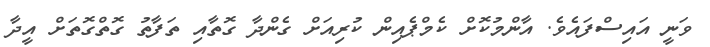
ވަނީ އައިސްފައެވެ. އާންމުކޮށް ކެމްޕެއިން ކުރިއަށް ގެންދާ ގޮތާއި ތަފާތު ގޮތްގޮތަށް އީދާ